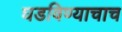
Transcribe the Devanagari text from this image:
घडविण्याचाच